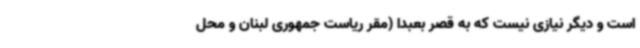
است و دیگر نیازی نیست که به قصر بعبدا (مقر ریاست جمهوری لبنان و محل